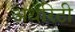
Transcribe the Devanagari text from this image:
अथॅरिटी